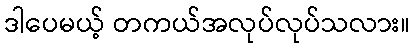
ဒါပေမယ့် တကယ်အလုပ်လုပ်သလား။